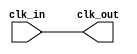
module clock_buffer (
    input wire clk_in,   // Input clock signal
    output wire clk_out   // Buffered clock output signal
);

    // Buffering the clock signal
    assign clk_out = clk_in;

endmodule